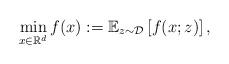
LaTeX: \begin{align*} \min_{x \in \mathbb R^d} f(x) := \mathbb E_{z \sim \mathcal D} \left[ f(x; z) \right],\end{align*}